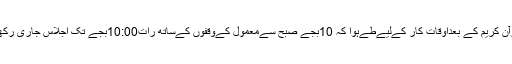
٭ تلاوت قرآن کریم کے بعداوقات کار کےلیےطےہوا کہ 10بجے صبح سےمعمول کےوقفوں کےساتھ رات10:00بجے تک اجلاس جاری رکھا جائے گا۔